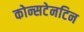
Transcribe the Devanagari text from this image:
कोन्सटेनटिन